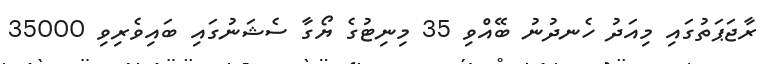
ރާޖަޕަތުގައި މިއަދު ހެނދުނު ބޭއްވި 35 މިނިޓުގެ ޔޯގާ ސެޝަނުގައި ބައިވެރިވި 35000